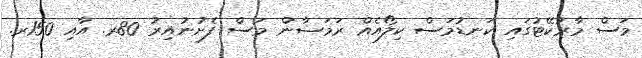
މަސް މާރުކޭޓުގައި ކަނޑުމަސް ކިލޯއެއް ރަމަޟާން މަސް ފެށުނުއިރު 80ރ. އާއި 150ރ.